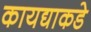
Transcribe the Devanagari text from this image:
कायद्याकडे